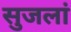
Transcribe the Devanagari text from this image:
सुजलां